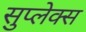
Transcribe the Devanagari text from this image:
सुप्लेक्स